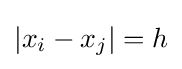
|x_{i}-x_{j}|=h